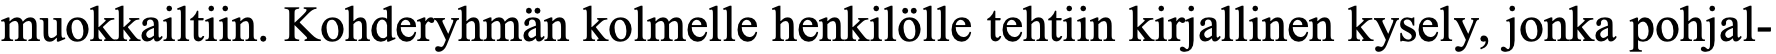
muokkailtiin. Kohderyhmän kolmelle henkilölle tehtiin kirjallinen kysely, jonka pohjal-